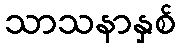
သာသနာနှစ်